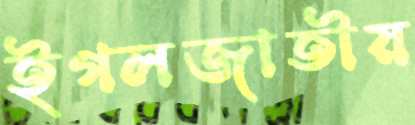
ইগলজাতীয়